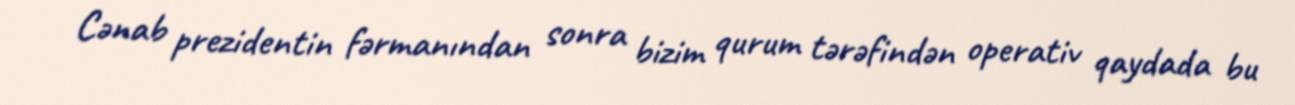
Cənab prezidentin fərmanından sonra bizim qurum tərəfindən operativ qaydada bu